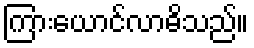
ကြားယောင်လာဓိသည်။